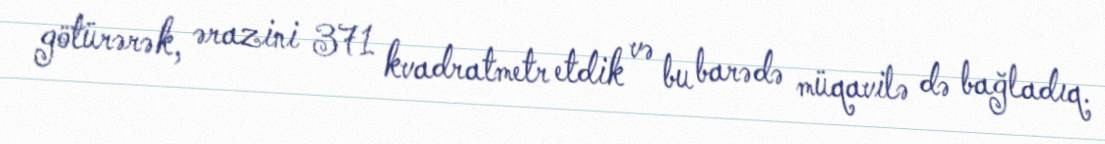
götürərək, ərazini 371 kvadratmetr etdik və bu barədə müqavilə də bağladıq.